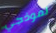
نموذجي